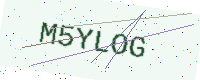
Text: M5YLOG